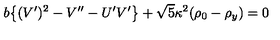
b \big \{ ( V ^ { \prime } ) ^ { 2 } - V ^ { \prime \prime } - U ^ { \prime } V ^ { \prime } \big \} + \sqrt { 5 } \kappa ^ { 2 } ( \rho _ { 0 } - \rho _ { y } ) = 0